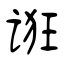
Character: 诳